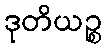
ဒုတိယဉ္စ